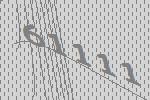
61111